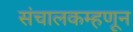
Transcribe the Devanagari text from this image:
संचालकम्हणून